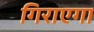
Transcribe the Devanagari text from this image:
गिराएगा